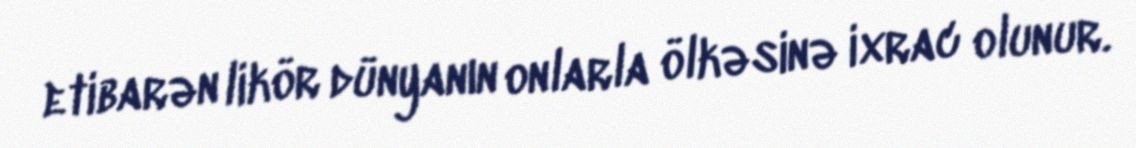
etibarən likör dünyanın onlarla ölkəsinə ixrac olunur.